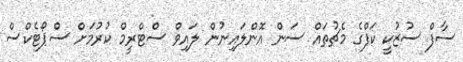
ސާފް ސުޒުކީ ކަފްގެ މެޗުތައް ސަން އޮންލައިނުން ލައިވް ސްޓްރީމް ކުރުމަށް ސްޕޯޓެކްސް